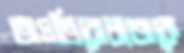
অপ্রতিরোধ্যতাকে